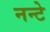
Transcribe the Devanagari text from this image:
नन्टे